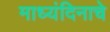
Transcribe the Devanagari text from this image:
माध्यंदिनाचे